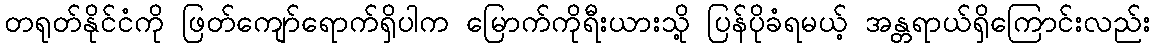
တရုတ်နိုင်ငံကို ဖြတ်ကျော်ရောက်ရှိပါက မြောက်ကိုရီးယားသို့ ပြန်ပိုခံရမယ့် အန္တရာယ်ရှိကြောင်းလည်း